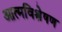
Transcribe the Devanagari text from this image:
आत्मविश्लेषण